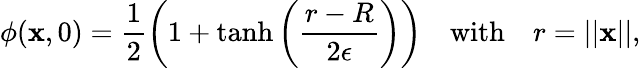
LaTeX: \phi(\textbf{x},0)=\frac{1}{2}\bigg(1+\operatorname{tanh}\bigg(\frac{r-R}{2\epsilon}\bigg)\bigg)\quad\mathrm{with}\quad r=||\textbf{x}||,